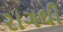
રાગથી